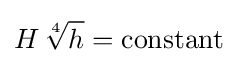
H\,{\sqrt[{4}]{h}}={\text{constant}}